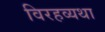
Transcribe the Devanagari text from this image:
विरहव्यथा